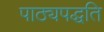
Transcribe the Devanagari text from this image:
पाठ्यपद्धति